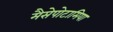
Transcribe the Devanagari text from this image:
मैसेपोटामिया